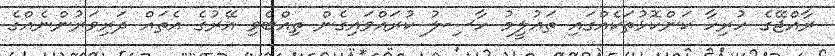
ރާއްޖޭގެ ހުރިހާ ކަންކޮޅުތަކެއްގައި ތަޢުލީމު ހާސިލު ކުރައްވައިގެން ތިއްބެވި އޭރުގެ އެތައް ދަރިވަރުންނެއްގެ